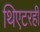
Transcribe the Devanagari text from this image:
थिएटरही